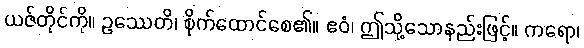
ယဇ်တိုင်ကို။ ဥဿေတိ၊ စိုက်ထောင်စေ၏။ ဧဝံ၊ ဤသို့သောနည်းဖြင့်။ ကရော၊